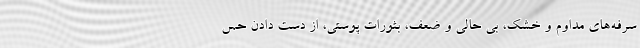
سرفه‌های مداوم و خشک، بی حالی و ضعف، بثورات پوستی، از دست دادن حس